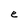
Character: e